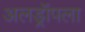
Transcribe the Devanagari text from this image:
अलड्रॉपला